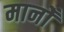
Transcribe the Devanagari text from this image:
मानोँ